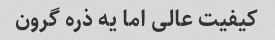
کیفیت عالی اما یه ذره گرون